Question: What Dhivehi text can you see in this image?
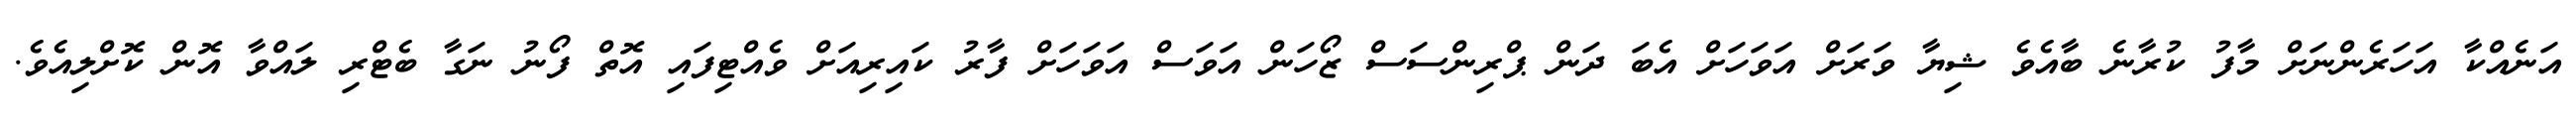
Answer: އަނެއްކާ އަހަރެންނަށް މާފު ކުރާނެ ބާއެވެ ޝިޔާ ވަރަށް އަވަހަށް އެބަ ދަން ޕްރިންސަސް ޒޯހަން އަވަސް އަވަހަށް ފާރު ކައިރިއަށް ވެއްޓިފައި އޮތް ފޯނު ނަގާ ބެޓްރި ލައްވާ އޮން ކޮށްލިއެވެ.